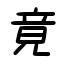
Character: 竟